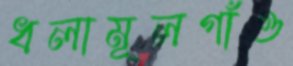
ধলামূলগাঁও